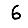
Digit: 6